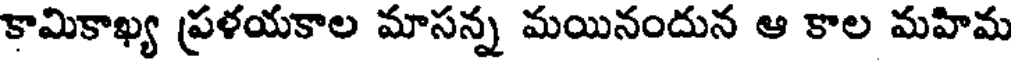
కామికాఖ్య ప్రళయకాల మాసన్న మయినందున ఆ కాల మహిమ